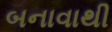
બનાવાથી